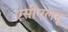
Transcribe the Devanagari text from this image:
एसीएलयू